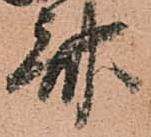
斎